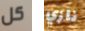
كل نازي